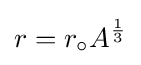
r=r_{\circ }A^{\frac {1}{3}}